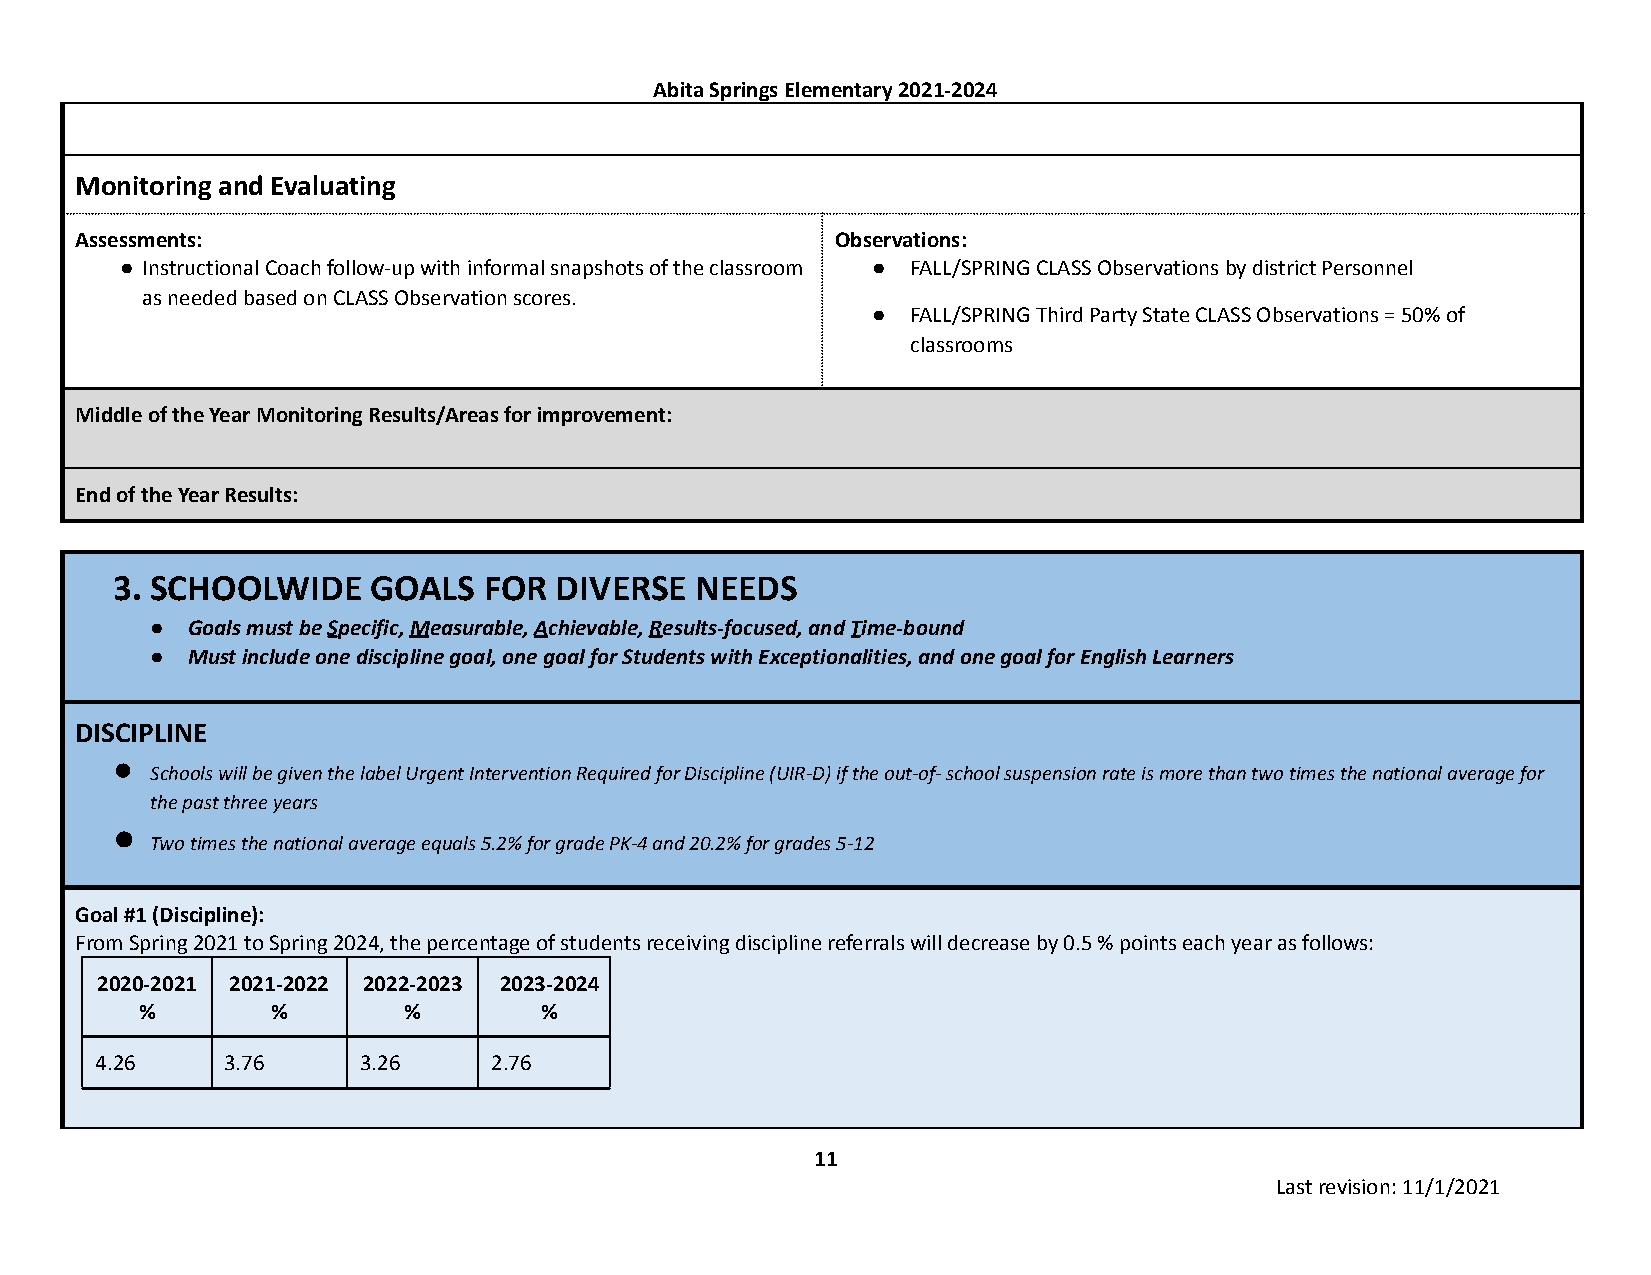
Abita Springs Elementary 2021-2024
 Monitoring and Evaluating
 Assessments:                                      Observations:
 ● Instructional Coach follow-up with informal snapshots of the classroom ● FALL/SPRING CLASS Observations by district Personnel
 as needed based on CLASS Observation scores.
 ● FALL/SPRING Third Party State CLASS Observations = 50% of
 classrooms
 Middle of the Year Monitoring Results/Areas for improvement:
 End of the Year Results:
 3. SCHOOLWIDE     GOALS  FOR  DIVERSE  NEEDS
 ● Goals must beSpecific,Measurable,Achievable,Results-focused,andTime-bound
 ● Must include one discipline goal, one goal for Students with Exceptionalities, and one goal for English Learners
 DISCIPLINE
 ●
 Schools will be given the label Urgent Intervention Required for Discipline (UIR-D) if the out-of- school suspension rate is more than two times the national average for
 the past three years
 ●
 Two times the national average equals 5.2% for grade PK-4 and 20.2% for grades 5-12
 Goal #1 (Discipline):
 From Spring 2021 to Spring 2024, the percentage of students receiving discipline referrals will decrease by 0.5 % points each year as follows:
 2020-2021 2021-2022 2022-2023 2023-2024
 %        %        %        %
 4.26     3.76     3.26    2.76
 11
 Last revision: 11/1/2021